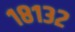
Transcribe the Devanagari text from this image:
१८१३२